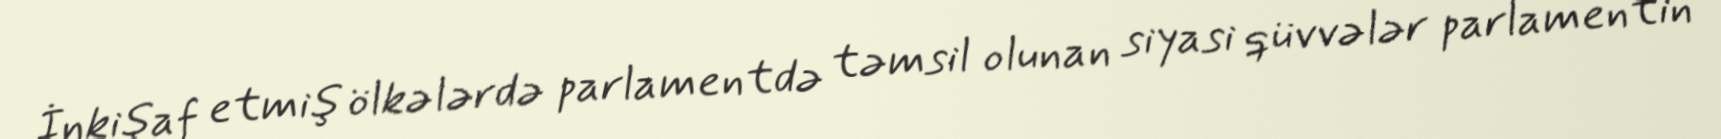
İnkişaf etmiş ölkələrdə parlamentdə təmsil olunan siyasi qüvvələr parlamentin